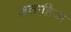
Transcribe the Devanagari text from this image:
अताहिया